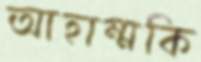
আহাম্মকি